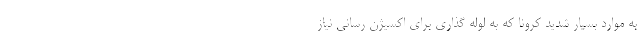
به موارد بسیار شدید کرونا که به لوله گذاری برای اکسیژن رسانی نیاز